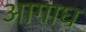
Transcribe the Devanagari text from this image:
आगाध